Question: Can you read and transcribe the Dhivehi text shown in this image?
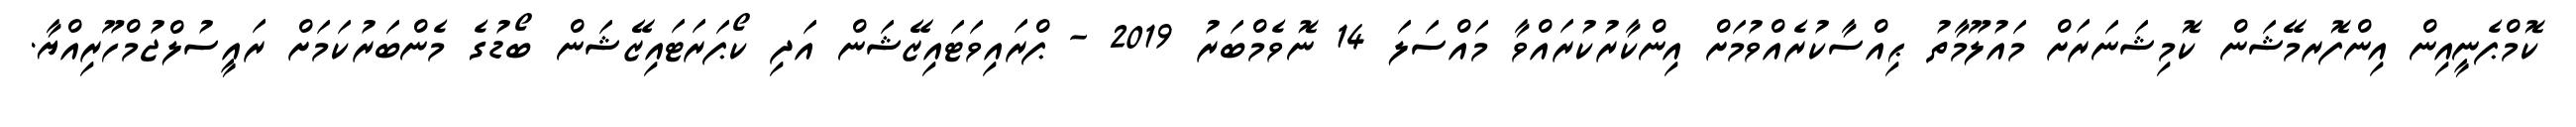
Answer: ކޮމްޕެނީއިން އިންފޮރމޭޝަން ކޮމިޝަނަރަށް މައުލޫމާތު ޙިއްސާކުރެއްވުމަށް އިންކާރުކުރައްވާ މައްސަލަ 14 ނޮވެމްބަރު 2019 - ޕްރައިވަޓައިޒޭޝަން އަދި ކޯޕަރަޓައިޒޭޝަން ބޯޑުގެ މެންބަރުކަމަށް ރައީސުލްޖުމްހޫރިއްޔާ.